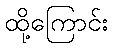
ထို့ကြောင်း